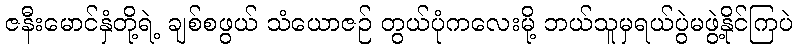
ဇနီးမောင်နှံတို့ရဲ့ ချစ်စဖွယ် သံယောဇဉ် တွယ်ပုံကလေးမို့ ဘယ်သူမှရယ်ပွဲမဖွဲ့နိုင်ကြပဲ